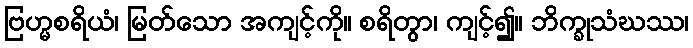
ဗြဟ္မစရိယံ၊ မြတ်သော အကျင့်ကို။ စရိတွာ၊ ကျင့်၍။ ဘိက္ခုသံဃဿ၊